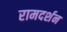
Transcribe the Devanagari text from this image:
रामदर्शन